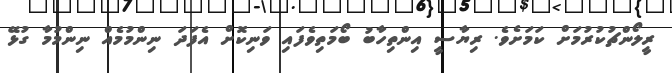
ރީލޯންޗުކުރުމަށް ކަމަށެވެ. ރިޔާސީ އިންތިހާބު ބޯމަތިވެފައި ވަނިކޮށް އެފަދަ ނިންމުމެއް ނިންމުމާ ގުޅޭ